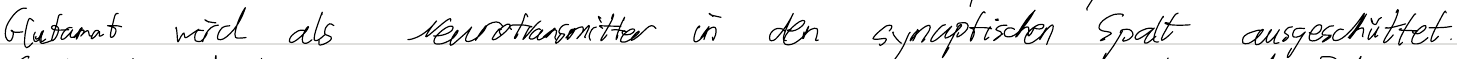
Glutamat wird als Neurotransmitter in den synaptischen Spalt ausgeschüttet.